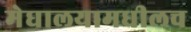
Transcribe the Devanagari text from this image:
मेघालयामधीलच